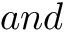
a n d